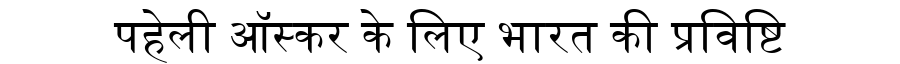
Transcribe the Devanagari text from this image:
पहेली ऑस्कर के लिए भारत की प्रविष्टि